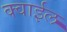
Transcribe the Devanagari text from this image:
क्वाईल